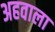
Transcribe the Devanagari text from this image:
अहवाला